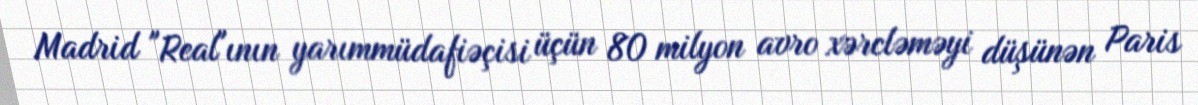
Madrid "Real"ının yarımmüdafiəçisi üçün 80 milyon avro xərcləməyi düşünən Paris